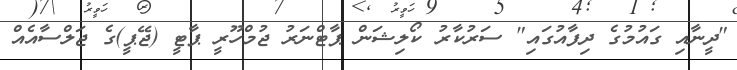
"ދީނާއި ގައުމުގެ ދިފާއުގައި" ސަރުކާރު ކޯލިޝަން ޕާޓްނަރު ޖުމްހޫރީ ޕާޓީ (ޖޭޕީ)ގެ ޖަލްސާއެއް